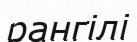
рангілі